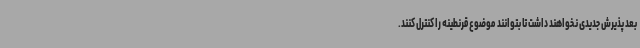
بعد پذیرش جدیدی نخواهند داشت تا بتوانند موضوع قرنطینه را کنترل کنند.